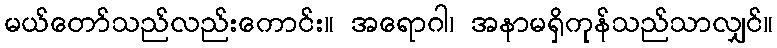
မယ်တော်သည်လည်းကောင်း။ အရောဂါ၊ အနာမရှိကုန်သည်သာလျှင်။